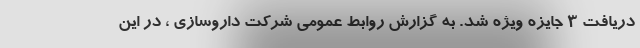
دریافت 3 جایزه ویژه شد. به گزارش روابط عمومی شرکت داروسازی ، در این